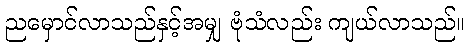
ညမှောင်လာသည်နှင့်အမျှ ဗုံသံလည်း ကျယ်လာသည်။